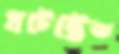
প্রটেক্টেড